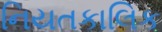
નિયતકાલિક